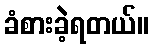
ခံစားခဲ့ရတယ်။